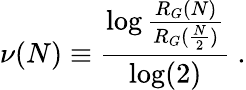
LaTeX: \nu(N)\equiv\frac{\log\frac{R_{G}(N)}{R_{G}(\frac{N}{2})}}{\log(2)}\ .